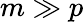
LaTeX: m\gg p